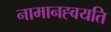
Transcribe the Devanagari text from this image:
नामानह्वयति